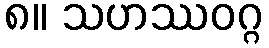
၈။ သဟဿဝဂ္ဂ